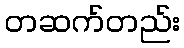
တဆက်တည်း